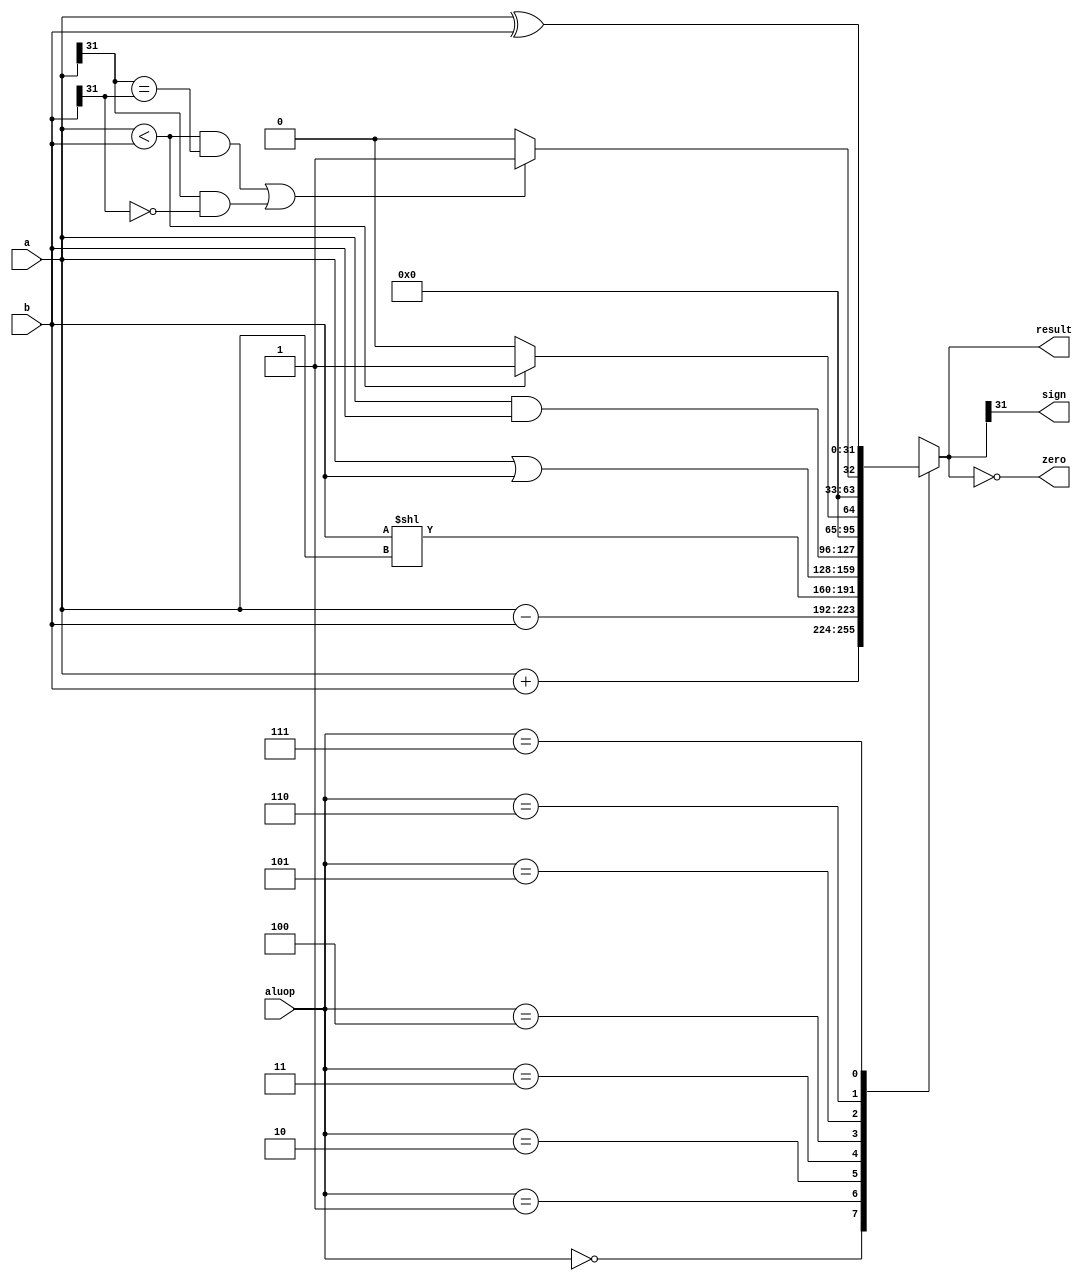
`timescale 1ns / 1ps
//////////////////////////////////////////////////////////////////////////////////
// Company: 
// Engineer: 
// 
// Design Name: 
// Module Name: alu
// Project Name: 
// Target Devices: 
// Tool Versions: 
// Description: 
// 
// Dependencies: 
// 
// Revision:
// Revision 0.01 - File Created
// Additional Comments:
// 
//////////////////////////////////////////////////////////////////////////////////


module alu(
input [31:0] a,b,
input[2:0] aluop,
output reg[31:0] result,
output zero,sign
    );
    
    always@(*)
    begin
    case(aluop)
    3'b000:result=a+b;
    3'b001:result=a-b;
    3'b010:result=b<<a;
    3'b011:result=a|b;
    3'b100:result=a&b;
    3'b101:result=a<b?1:0;
    3'b110:result=((a<b&&a[31]==b[31])||(a[31]==1&&b[31]==0)?1:0);
    3'b111:result=a^b;
    default:result=0;
    endcase
    end
    assign zero = result==0;
    assign sign = result[31]==1;
endmodule